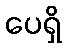
ပေရှိ